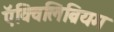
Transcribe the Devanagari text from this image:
ऍक्विलिब्रियम